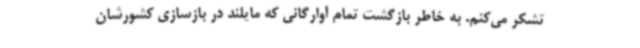
تشکر می‌کنم. به خاطر بازگشت تمام آوارگانی که مایلند در بازسازی کشورشان